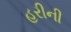
હરીની